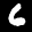
Label: 6